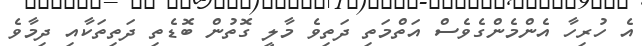
އެ ހުރިހާ އެންމެންގެވެސް އަތްމަތި ދަތިވެ މާލީ ގޮތުން ބޮޑެތި ދަތިތަކާއި ދިމާވެ